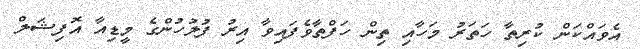
އެވައްކަން ކުރިތާ ހަތަރު މަހާއި ތިން ހަފްތާވެފައިވާ އިރު ފުލުހުންގެ މީޑިއާ އޮފިޝަލް